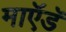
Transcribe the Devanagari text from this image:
माऍडॅ